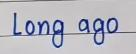
Long ago